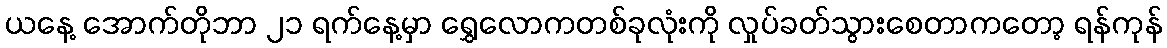
ယနေ့ အောက်တိုဘာ ၂၁ ရက်နေ့မှာ ရွှေလောကတစ်ခုလုံးကို လှုပ်ခတ်သွားစေတာကတော့ ရန်ကုန်